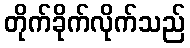
တိုက်ခိုက်လိုက်သည်